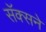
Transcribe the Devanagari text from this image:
सॅक्सने